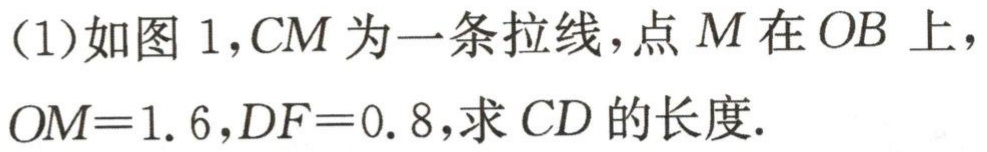
(1)如图 1，$CM$为一条拉线，点$M$在$OB$上，$OM = 1.6$，$DF = 0.8$，求$CD$的长度.